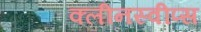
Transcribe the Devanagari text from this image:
क्लीनस्वीप्स